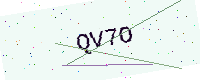
Text: QV7O